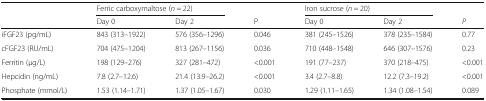
<table><thead><tr><td></td><td colspan="2"><b>Ferric carboxymaltose (<i>n</i> = 22)</b></td><td></td><td colspan="2"><b>Iron sucrose (<i>n</i> = 20)</b></td><td></td></tr><tr><td></td><td><b>Day 0</b></td><td><b>Day 2</b></td><td><b>P</b></td><td><b>Day 0</b></td><td><b>Day 2</b></td><td><b><i>P</i></b></td></tr></thead><tbody><tr><td>iFGF23 (pg/mL)</td><td>843 (313–1922)</td><td>576 (356–1296)</td><td>0.046</td><td>381 (245–1526)</td><td>378 (235–1584)</td><td>0.77</td></tr><tr><td>cFGF23 (RU/mL)</td><td>704 (475–1204)</td><td>813 (267–1156)</td><td>0.036</td><td>710 (448–1548)</td><td>646 (307–1576)</td><td>0.23</td></tr><tr><td>Ferritin (μg/L)</td><td>198 (129–276)</td><td>327 (281–472)</td><td>&lt;0.001</td><td>191 (77–237)</td><td>370 (218–475)</td><td>&lt;0.001</td></tr><tr><td>Hepcidin (ng/mL)</td><td>7.8 (2.7–12.6)</td><td>21.4 (13.9–26.2)</td><td>&lt;0.001</td><td>3.4 (2.7–8.8)</td><td>12.2 (7.3–19.2)</td><td>&lt;0.001</td></tr><tr><td>Phosphate (mmol/L)</td><td>1.53 (1.14–1.71)</td><td>1.37 (1.05–1.67)</td><td>0.030</td><td>1.29 (1.11–1.65)</td><td>1.34 (1.08–1.54)</td><td>0.089</td></tr></tbody></table>